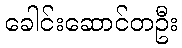
ခေါင်းဆောင်တဦး